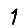
Digit: 1